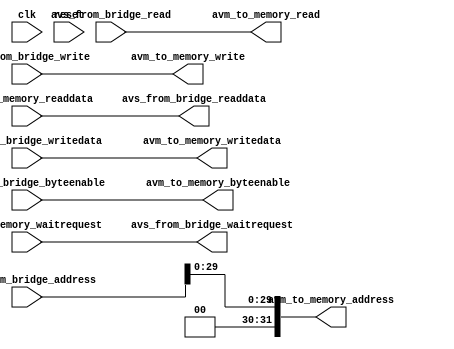

module legup_hps_address_adaptor #(
parameter UPPER_BITS = 0
)
(
clk,
reset,

// Accelerator to Memory Bridge
avs_from_bridge_readdata,
avs_from_bridge_waitrequest,
avs_from_bridge_address,
avs_from_bridge_byteenable,
avs_from_bridge_read,
avs_from_bridge_write,
avs_from_bridge_writedata,

avm_to_memory_readdata,
avm_to_memory_waitrequest,
avm_to_memory_address,
avm_to_memory_byteenable,
avm_to_memory_read,
avm_to_memory_write,
avm_to_memory_writedata
);


///////////////////////////////////////////////////////////////////////////////
///////////////////////// Local parameter definitions /////////////////////////
///////////////////////////////////////////////////////////////////////////////


///////////////////////////////////////////////////////////////////////////////
////////////////////////////// Port declarations //////////////////////////////
///////////////////////////////////////////////////////////////////////////////
input               clk;
input               reset; 

// Accelerator to Memory Bridge
output      [63: 0] avs_from_bridge_readdata;
output              avs_from_bridge_waitrequest;
input       [31: 0] avs_from_bridge_address;
input       [ 7: 0] avs_from_bridge_byteenable;
input               avs_from_bridge_read;
input               avs_from_bridge_write;
input       [63: 0] avs_from_bridge_writedata;

input       [63: 0] avm_to_memory_readdata;
input               avm_to_memory_waitrequest;
output      [31: 0] avm_to_memory_address;
output      [ 7: 0] avm_to_memory_byteenable;
output              avm_to_memory_read;
output              avm_to_memory_write;
output      [63: 0] avm_to_memory_writedata;


///////////////////////////////////////////////////////////////////////////////
////////////////////////// Local signals definitions //////////////////////////
///////////////////////////////////////////////////////////////////////////////

///////////////////////////////////////////////////////////////////////////////
///////////////////////////// Output assignments //////////////////////////////
///////////////////////////////////////////////////////////////////////////////
assign avm_to_memory_address            = {UPPER_BITS[1:0], avs_from_bridge_address[29:0]};
//assign avm_to_memory_address            = {2'h0, avs_from_bridge_address[29:0]};
assign avm_to_memory_byteenable         = avs_from_bridge_byteenable;
assign avm_to_memory_read               = avs_from_bridge_read;
assign avm_to_memory_write              = avs_from_bridge_write;
assign avm_to_memory_writedata          = avs_from_bridge_writedata;
assign avs_from_bridge_readdata         = avm_to_memory_readdata;
assign avs_from_bridge_waitrequest      = avm_to_memory_waitrequest;


///////////////////////////////////////////////////////////////////////////////
//////////////////////////// Internal assignments /////////////////////////////
///////////////////////////////////////////////////////////////////////////////

///////////////////////////////////////////////////////////////////////////////
//////////////////////////// Finite state machines ////////////////////////////
///////////////////////////////////////////////////////////////////////////////

///////////////////////////////////////////////////////////////////////////////
///////////////////////////////// Submodules //////////////////////////////////
///////////////////////////////////////////////////////////////////////////////

endmodule